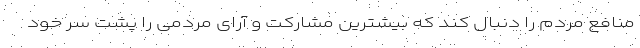
منافع مردم را دنبال کند که بیشترین مشارکت و آرای مردمی را پشت سر خود